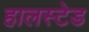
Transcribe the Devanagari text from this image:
हालस्टेड